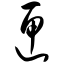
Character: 匣